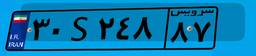
۳۰S۲۴۸۸۷